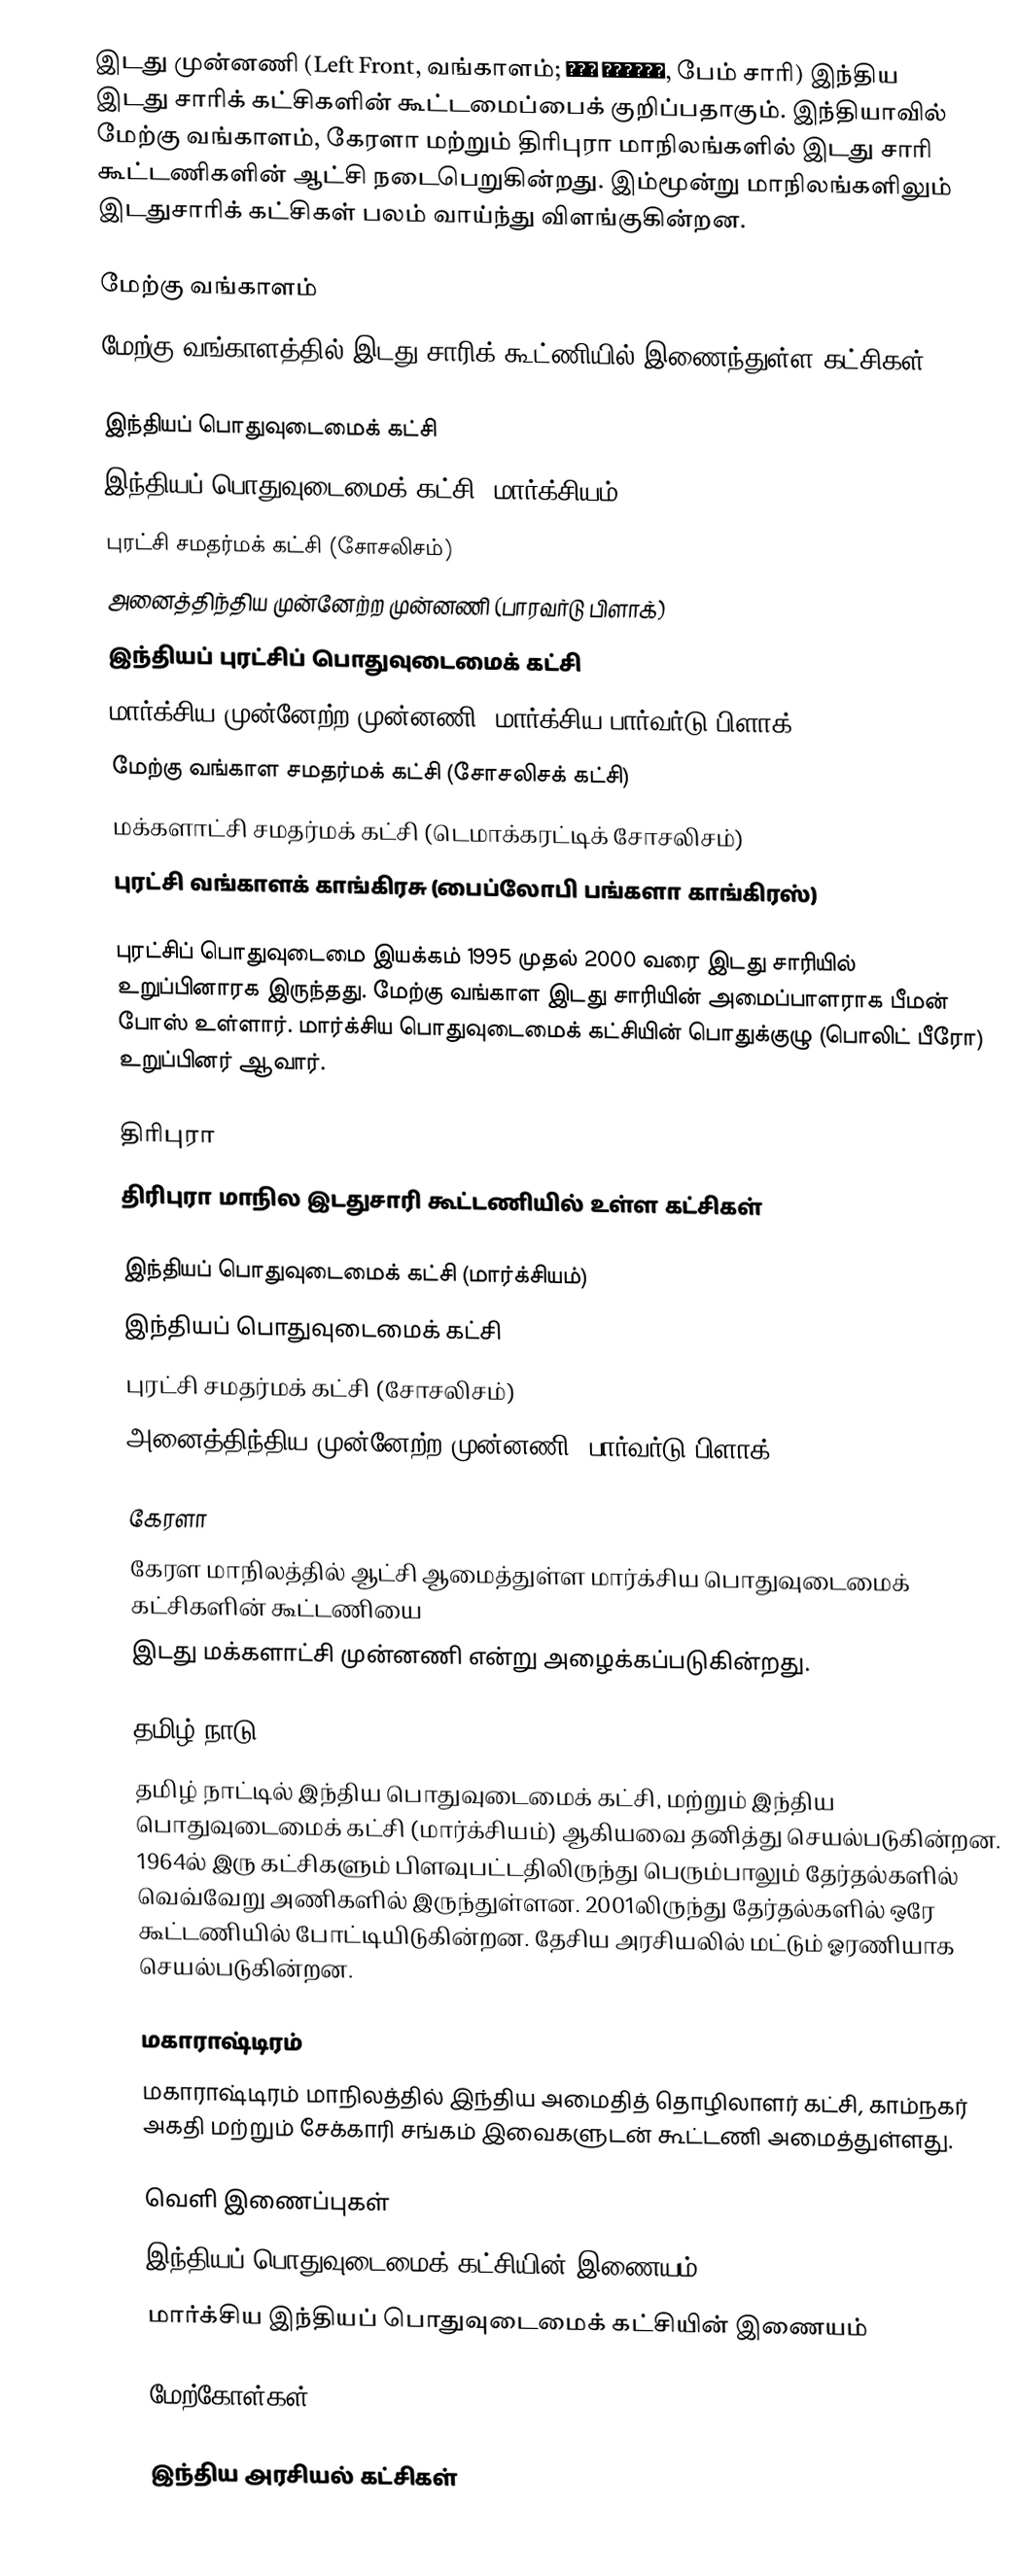
இடது முன்னணி (Left Front, வங்காளம்; বাম ফ্রন্ট, பேம் சாரி) இந்திய இடது சாரிக் கட்சிகளின் கூட்டமைப்பைக் குறிப்பதாகும். இந்தியாவில் மேற்கு வங்காளம், கேரளா மற்றும் திரிபுரா மாநிலங்களில் இடது சாரி கூட்டணிகளின் ஆட்சி நடைபெறுகின்றது. இம்மூன்று மாநிலங்களிலும் இடதுசாரிக் கட்சிகள் பலம் வாய்ந்து விளங்குகின்றன.

மேற்கு வங்காளம்
மேற்கு வங்காளத்தில் இடது சாரிக் கூட்ணியில் இணைந்துள்ள கட்சிகள்:

இந்தியப் பொதுவுடைமைக் கட்சி
இந்தியப் பொதுவுடைமைக் கட்சி (மார்க்சியம்)
புரட்சி சமதர்மக் கட்சி (சோசலிசம்)
அனைத்திந்திய முன்னேற்ற முன்னணி (பாரவர்டு பிளாக்)
இந்தியப் புரட்சிப் பொதுவுடைமைக் கட்சி
மார்க்சிய முன்னேற்ற முன்னணி (மார்க்சிய பார்வர்டு பிளாக்)
மேற்கு வங்காள சமதர்மக் கட்சி (சோசலிசக் கட்சி)
மக்களாட்சி சமதர்மக் கட்சி (டெமாக்கரட்டிக் சோசலிசம்)
புரட்சி வங்காளக்  காங்கிரசு (பைப்லோபி பங்களா காங்கிரஸ்)

புரட்சிப் பொதுவுடைமை இயக்கம் 1995 முதல் 2000 வரை இடது சாரியில் உறுப்பினாரக இருந்தது. மேற்கு வங்காள இடது சாரியின் அமைப்பாளராக பீமன் போஸ் உள்ளார். மார்க்சிய பொதுவுடைமைக் கட்சியின் பொதுக்குழு (பொலிட் பீரோ) உறுப்பினர் ஆவார்.

திரிபுரா
திரிபுரா மாநில இடதுசாரி கூட்டணியில் உள்ள கட்சிகள்

இந்தியப் பொதுவுடைமைக் கட்சி (மார்க்சியம்)
இந்தியப் பொதுவுடைமைக் கட்சி
புரட்சி சமதர்மக் கட்சி (சோசலிசம்)
அனைத்திந்திய முன்னேற்ற முன்னணி (பார்வர்டு பிளாக்)

கேரளா
கேரள மாநிலத்தில் ஆட்சி ஆமைத்துள்ள மார்க்சிய பொதுவுடைமைக் கட்சிகளின் கூட்டணியை
இடது மக்களாட்சி முன்னணி என்று அழைக்கப்படுகின்றது.

தமிழ் நாடு
தமிழ் நாட்டில் இந்திய பொதுவுடைமைக் கட்சி, மற்றும் இந்திய பொதுவுடைமைக் கட்சி (மார்க்சியம்) ஆகியவை தனித்து செயல்படுகின்றன. 1964ல் இரு கட்சிகளும் பிளவுபட்டதிலிருந்து பெரும்பாலும் தேர்தல்களில் வெவ்வேறு அணிகளில் இருந்துள்ளன. 2001லிருந்து தேர்தல்களில் ஒரே கூட்டணியில் போட்டியிடுகின்றன. தேசிய அரசியலில் மட்டும் ஓரணியாக செயல்படுகின்றன.

மகாராஷ்டிரம்
மகாராஷ்டிரம் மாநிலத்தில் இந்திய அமைதித் தொழிலாளர் கட்சி, காம்நகர் அகதி மற்றும் சேக்காரி சங்கம்  இவைகளுடன் கூட்டணி அமைத்துள்ளது.

வெளி இணைப்புகள்
 இந்தியப் பொதுவுடைமைக் கட்சியின் இணையம்
 மார்க்சிய இந்தியப் பொதுவுடைமைக் கட்சியின் இணையம்

மேற்கோள்கள்

இந்திய அரசியல் கட்சிகள்